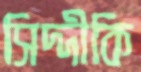
সিদ্দীকি